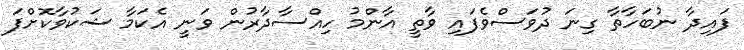
ފައިދާ ނުބަހާތާ ގިނަ ދުވަސްވެފައި ވާތީ އާންމު ހިއްސާދާރުން ވަނީ އެކަމާ ޝަކުވާކޮށްފަ